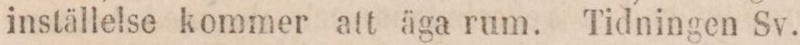
inställelse kommer att äga rum. Tidningen Sv.